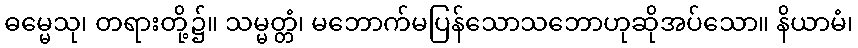
ဓမ္မေသု၊ တရားတို့၌။ သမ္မတ္တံ၊ မဘောက်မပြန်သောသဘောဟုဆိုအပ်သော။ နိယာမံ၊